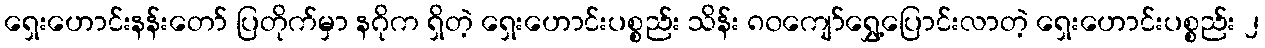
ရှေးဟောင်းနန်းတော် ပြတိုက်မှာ နဂိုက ရှိတဲ့ ရှေးဟောင်းပစ္စည်း သိန်း ၈၀ကျော်ရွှေ့ပြောင်းလာတဲ့ ရှေးဟောင်းပစ္စည်း ၂